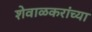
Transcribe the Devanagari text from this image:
शेवाळकरांच्या